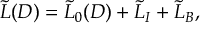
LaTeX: \widetilde { L } ( D ) = \widetilde { L } _ { 0 } ( D ) + \widetilde { L } _ { I } + \widetilde { L } _ { B } ,